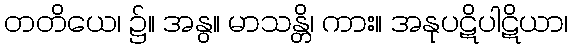
တတိယေ၊ ၌။ အနွ။ မာသန္တိ၊ ကား။ အနုပဋိပါဋိယာ၊